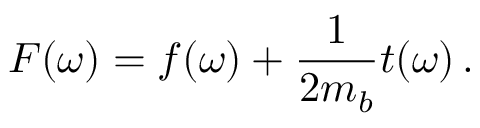
F ( \omega ) = f ( \omega ) + { \frac { 1 } { 2 m _ { b } } } t ( \omega ) \, .